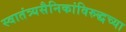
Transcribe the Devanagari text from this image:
स्वातंत्र्यसैनिकांविरुद्धच्या